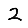
Digit: 2